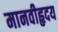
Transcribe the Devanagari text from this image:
मानवीहृदय